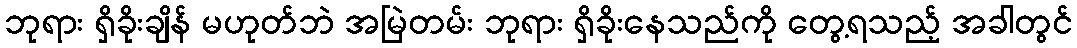
ဘုရား ရှိခိုးချိန် မဟုတ်ဘဲ အမြဲတမ်း ဘုရား ရှိခိုးနေသည်ကို တွေ့ရသည့် အခါတွင်